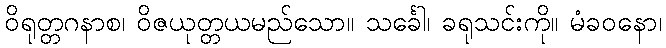
ဝိရုတ္တဂနာစ၊ ဝိဇယုတ္တယမည်သော။ သင်္ခေါ၊ ခရုသင်းကို။ မံခဝနော၊